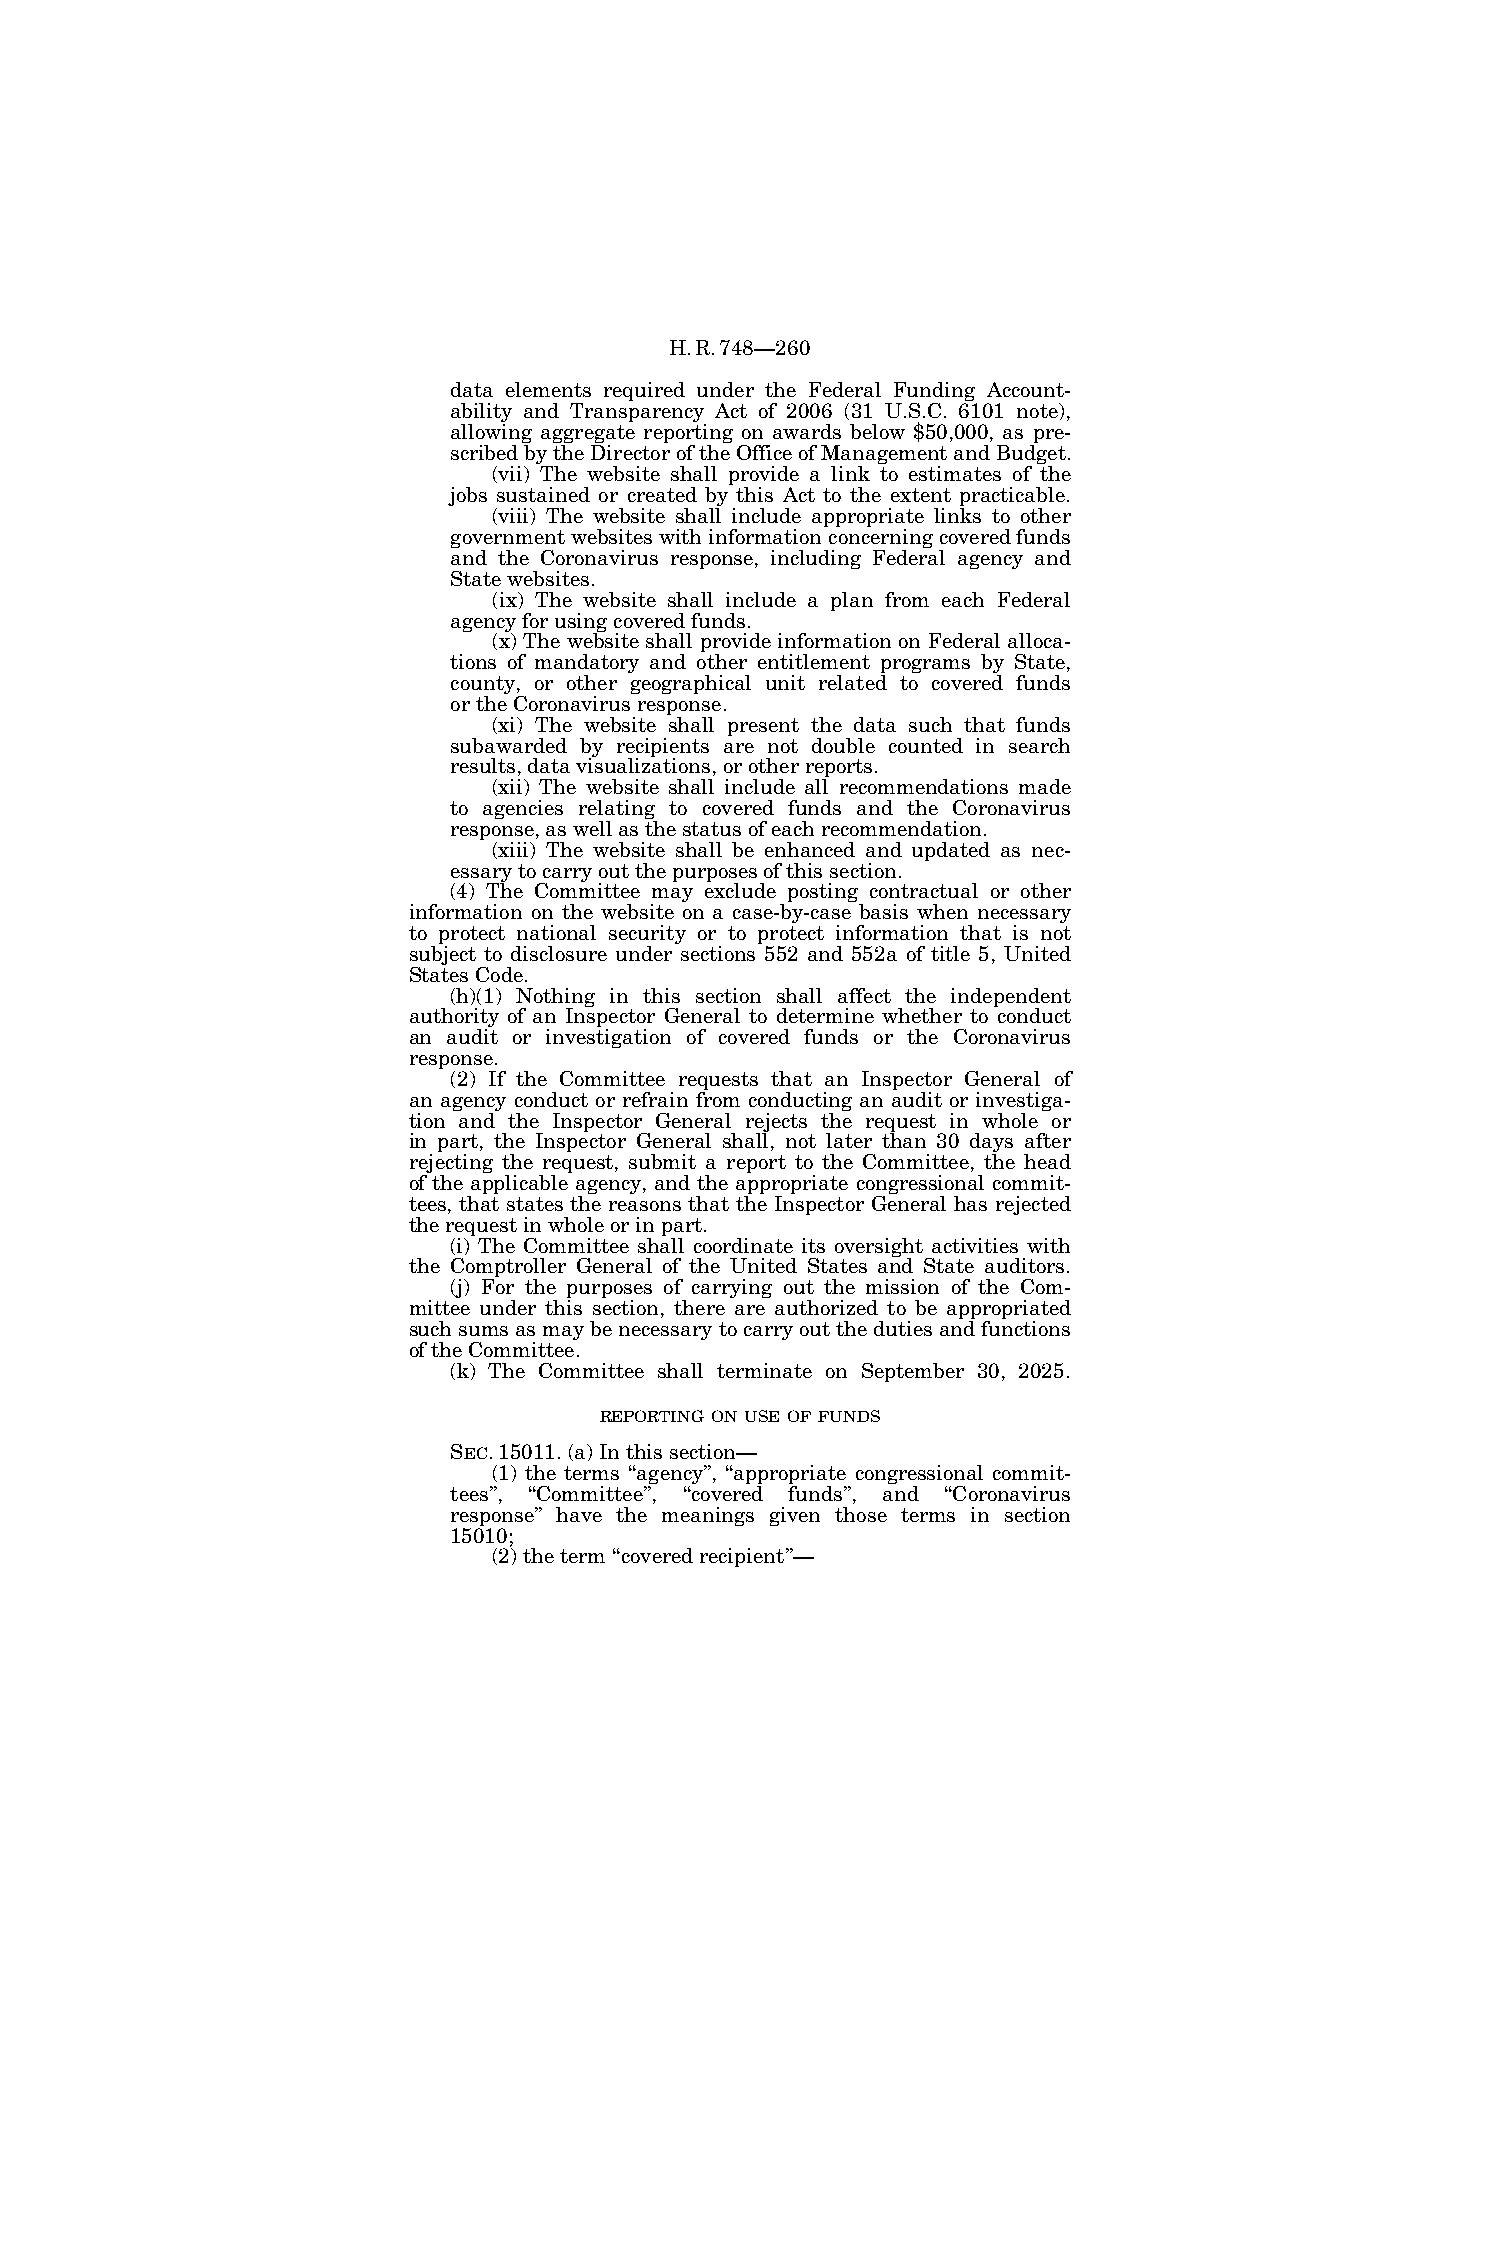
H.R.748—260
 data elements required under the Federal Funding Account-
 ability and Transparency Act of 2006 (31 U.S.C. 6101 note),
 allowing aggregate reporting on awards below $50,000, as pre-
 scribed by the Director of the Office of Management and Budget.
 (vii) The website shall provide a link to estimates of the
 jobs sustained or created by this Act to the extent practicable.
 (viii) The website shall include appropriate links to other
 government websites with information concerning covered funds
 and the Coronavirus response, including Federal agency and
 State websites.
 (ix) The website shall include a plan from each Federal
 agency for using covered funds.
 (x) The website shall provide information on Federal alloca-
 tions of mandatory and other entitlement programs by State,
 county, or other geographical unit related to covered funds
 or the Coronavirus response.
 (xi) The website shall present the data such that funds
 subawarded by recipients are not double counted in search
 results, data visualizations, or other reports.
 (xii) The website shall include all recommendations made
 to agencies relating to covered funds and the Coronavirus
 response, as well as the status of each recommendation.
 (xiii) The website shall be enhanced and updated as nec-
 essary to carry out the purposes of this section.
 (4) The Committee may exclude posting contractual or other
 information on the website on a case-by-case basis when necessary
 to protect national security or to protect information that is not
 subject to disclosure under sections 552 and 552a of title 5, United
 States Code.
 (h)(1) Nothing in this section shall affect the independent
 authority of an Inspector General to determine whether to conduct
 an audit or investigation of covered funds or the Coronavirus
 response.
 (2) If the Committee requests that an Inspector General of
 an agency conduct or refrain from conducting an audit or investiga-
 tion and the Inspector General rejects the request in whole or
 in part, the Inspector General shall, not later than 30 days after
 rejecting the request, submit a report to the Committee, the head
 of the applicable agency, and the appropriate congressional commit-
 tees, that states the reasons that the Inspector General has rejected
 the request in whole or in part.
 (i) The Committee shall coordinate its oversight activities with
 the Comptroller General of the United States and State auditors.
 (j) For the purposes of carrying out the mission of the Com-
 mittee under this section, there are authorized to be appropriated
 such sums as may be necessary to carry out the duties and functions
 of the Committee.
 (k) The Committee shall terminate on September 30, 2025.
 REPORTING ON USE OF FUNDS
 SEC. 15011. (a) In this section—
 (1) the terms ‘‘agency’’, ‘‘appropriate congressional commit-
 tees’’, ‘‘Committee’’, ‘‘covered funds’’, and ‘‘Coronavirus
 response’’ have the meanings given those terms in section
 15010;
 (2) the term ‘‘covered recipient’’—